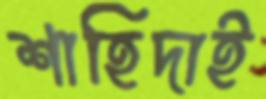
শাহিদাই